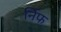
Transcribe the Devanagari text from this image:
र्निफ